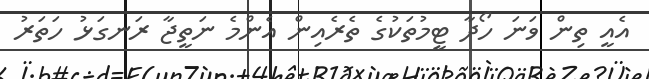
އެއީ ތިން ވަނަ ހޯދާ ޓީމުތަކުގެ ތެރެއިން އެންމެ ނަތީޖާ ރަނގަޅު ހަތަރު